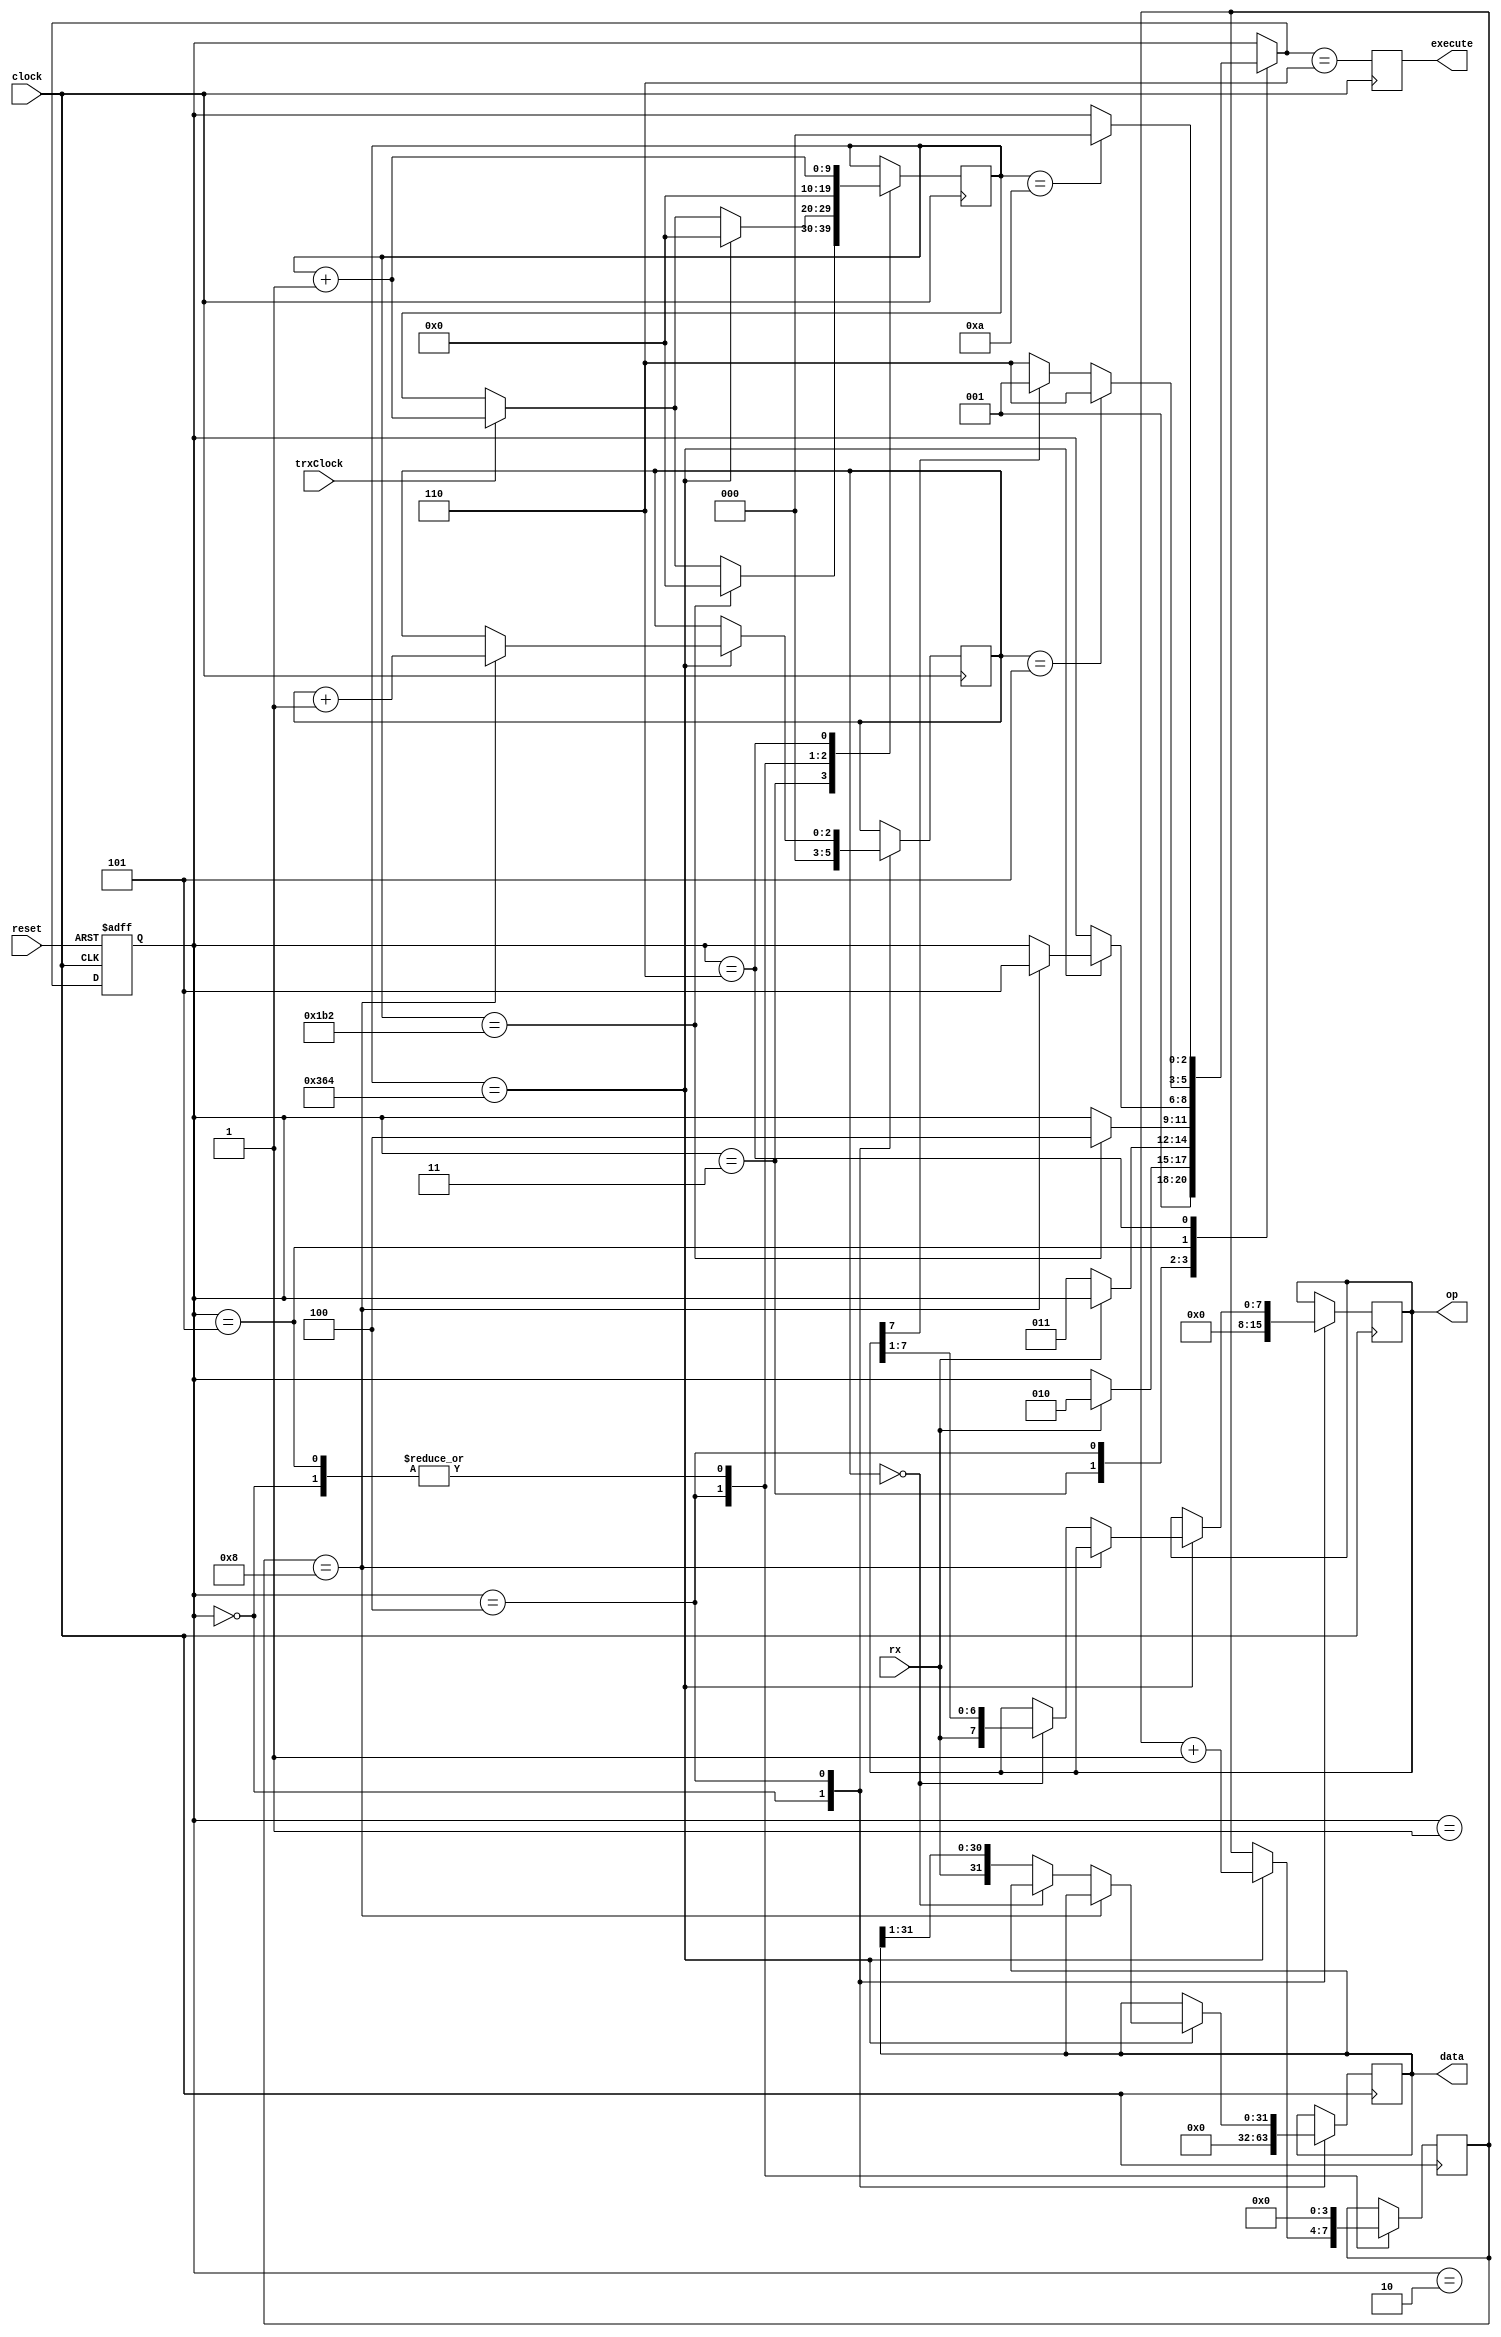
module receiver #(
  parameter [31:0] FREQ = 100000000,
  parameter [31:0] RATE = 115200,
  parameter BITLENGTH = FREQ / RATE  // 100M / 115200 ~= 868
)(
  input  wire        clock,
  input  wire        trxClock,
  input  wire        reset,
  input  wire        rx,
  output wire  [7:0] op,
  output wire [31:0] data,
  output reg         execute
);

localparam [2:0]
  INIT =      3'h0,
  WAITSTOP =  3'h1,
  WAITSTART = 3'h2,
  WAITBEGIN = 3'h3,
  READBYTE =  3'h4,
  ANALYZE =   3'h5,
  READY =     3'h6;

reg [9:0] counter, next_counter;  // clock prescaling counter
reg [3:0] bitcount, next_bitcount;  // count rxed bits of current byte
reg [2:0] bytecount, next_bytecount;  // count rxed bytes of current command
reg [2:0] state, next_state;  // receiver state
reg [7:0] opcode, next_opcode;  // opcode byte
reg [31:0] databuf, next_databuf;  // data dword
reg next_execute;

assign op = opcode;
assign data = databuf;

always @(posedge clock, posedge reset) 
if (reset) state <= INIT;
else       state <= next_state;

always @(posedge clock) 
begin
  counter   <= next_counter;
  bitcount  <= next_bitcount;
  bytecount <= next_bytecount;
  databuf   <= next_databuf;
  opcode    <= next_opcode;
  execute   <= next_execute;
end

always
begin
  next_state = state;
  next_counter = counter;
  next_bitcount = bitcount;
  next_bytecount = bytecount;
  next_opcode = opcode;
  next_databuf = databuf;
  next_execute = 1'b0;

  case(state)
    INIT : 
      begin
        next_counter = 0;
        next_bitcount = 0;
	next_bytecount = 0;
	next_opcode = 0;
        next_databuf = 0;
	next_state = WAITSTOP; 
      end

    WAITSTOP : // reset uart
      begin
	if (rx) next_state = WAITSTART; 
      end

    WAITSTART : // wait for start bit
      begin
	if (!rx) next_state = WAITBEGIN; 
      end

    WAITBEGIN : // wait for first half of start bit
      begin
	if (counter == (BITLENGTH / 2)) 
	  begin
	    next_counter = 0;
	    next_state = READBYTE;
	  end
	else if (trxClock) 
	  next_counter = counter + 1;
      end

    READBYTE : // receive byte
      begin
	if (counter == BITLENGTH) 
	  begin
	    next_counter = 0;
	    next_bitcount = bitcount + 1;
	    if (bitcount == 4'h8) 
	      begin
		next_bytecount = bytecount + 1;
		next_state = ANALYZE;
	      end
	    else if (bytecount == 0) 
	      begin
		next_opcode = {rx,opcode[7:1]};
		next_databuf = databuf;
	      end
	    else 
	      begin
		next_opcode = opcode;
		next_databuf = {rx,databuf[31:1]};
	      end
	  end
	else if (trxClock)
	  next_counter = counter + 1;
      end

    ANALYZE : // check if long or short command has been fully received
      begin
	next_counter = 0;
	next_bitcount = 0;
        if (bytecount == 3'h5) // long command when 5 bytes have been received
	  next_state = READY;
        else if (!opcode[7]) // short command when set flag not set
          next_state = READY;
        else next_state = WAITSTOP; // otherwise continue receiving
    end

    READY : // done, give 10 cycles for processing
      begin
	next_counter = counter + 1;
	if (counter == 4'd10)
	  next_state = INIT;
	else next_state = state;
      end
    endcase

  next_execute = (next_state == READY);
end
endmodule